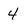
Character: 4